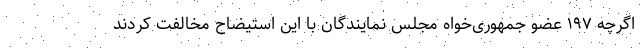
اگرچه ۱۹۷ عضو جمهوری‌خواه مجلس نمایندگان با این استیضاح مخالفت کردند